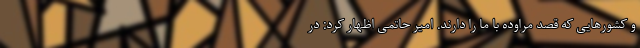
و کشورهایی که قصد مراوده با ما را دارند. امیر حاتمی اظهار کرد: در